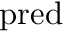
\mathrm { p r e d }